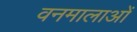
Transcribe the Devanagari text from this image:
वनमालाओं